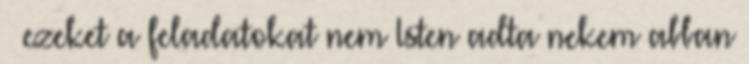
– ezeket a feladatokat nem Isten adta nekem abban